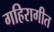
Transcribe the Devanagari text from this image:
गहिरागीत